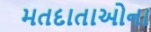
મતદાતાઓના